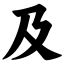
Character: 及